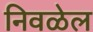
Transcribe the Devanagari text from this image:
निवळेल